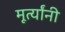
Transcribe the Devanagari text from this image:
मूर्त्यांनी